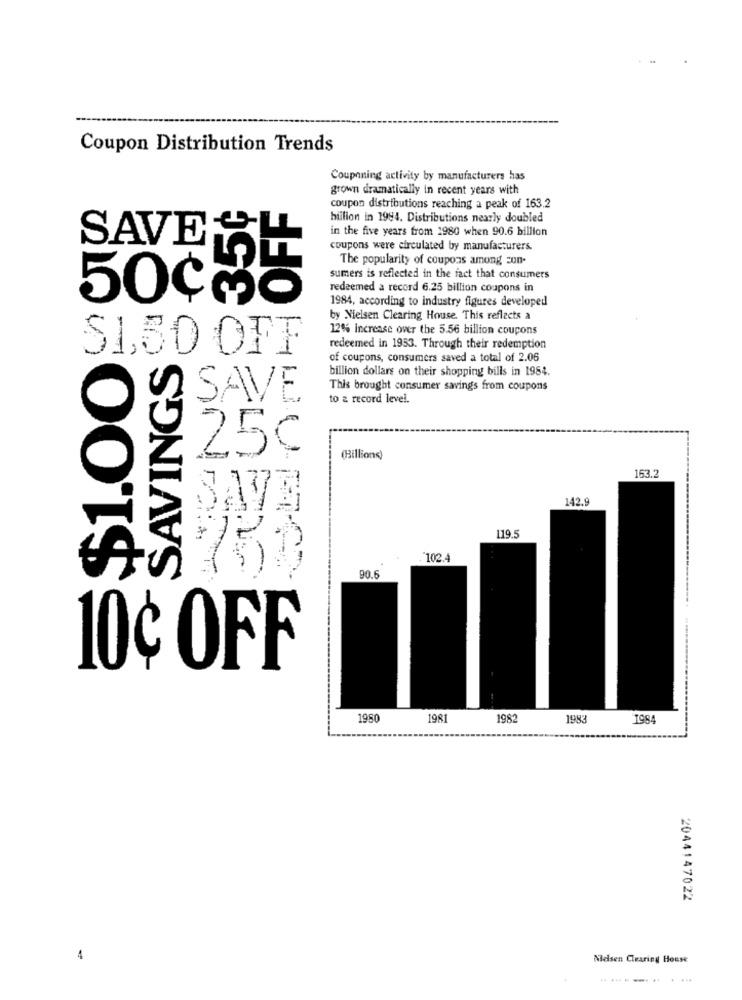
Coupon Distribution Trends
Couponing activity by manufacturers has
grown dramatically in recent years with
coupon distributions reaching a peak of 163.2
billion in 1994. Distributions nearly doubled
in the five years from 1980 when 90.6 billion
SAVE
coupons were circulated by manufacturers.
The popularity of coupons among zun.
sumers is reflected in the fact that consumers
redeemed a record 6.25 billion coupons in
50cmo
1984, according to industry figures developed
by Nielsen Clearing House. This reflects a
12% increase over the 5.56 billion coupons
$1,50 OFF
redeemed in 1953. Through their redemption
~$1.00
SAVINGS
of coupons, consumers saved a total of 2.06
billion dollars on their shopping bills in 1984.
This brought consumer savings from coupons
2 SAVE
to a record level.
Z
25¢
(Billions)
153."
1373
142.9
119.5
102.4
90.
10¢ OFF
1950
1981
198
198
1984
2044147022
Nelsen Clearing House
........... . ...